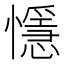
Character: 懚